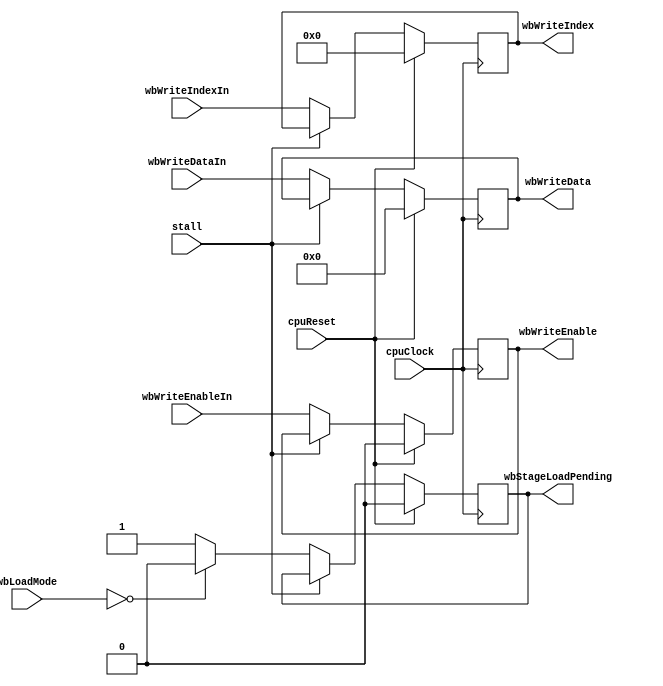
module memoryStage ( input wire        cpuClock,
                                       cpuReset,
                                       stall,
                     input wire [2:0]  wbLoadMode,
                     input wire [31:0] wbWriteDataIn,
                     input wire [4:0]  wbWriteIndexIn,
                     input wire        wbWriteEnableIn,
                     output reg        wbStageLoadPending,
                     output reg [31:0] wbWriteData,
                     output reg [4:0]  wbWriteIndex,
                     output reg        wbWriteEnable);

  wire s_loadPendingNext = (wbLoadMode == 3'b0) ? 1'b0 : 1'b1;
  
  always @(posedge cpuClock)
    if (cpuReset == 1'b1) 
      begin
        wbWriteEnable      <= 1'b0;
        wbWriteIndex       <= 5'd0;
        wbWriteData        <= 32'd0;
        wbStageLoadPending <= 1'b0;
      end
    else if (stall == 1'b0)
      begin
        wbWriteEnable      <= wbWriteEnableIn;
        wbWriteIndex       <= wbWriteIndexIn;
        wbWriteData        <= wbWriteDataIn;
        wbStageLoadPending <= s_loadPendingNext;
      end

endmodule